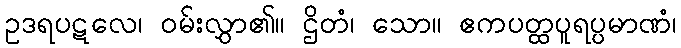
ဥဒရပဋလေ၊ ဝမ်းလွှာ၏။ ဌိတံ၊ သော။ ဧကပတ္ထပူရပ္ပမာဏံ၊